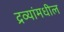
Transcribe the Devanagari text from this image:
द्रव्यांमधील